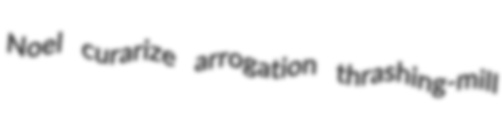
Noel curarize arrogation thrashing-mill